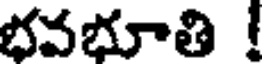
భవభూతి !